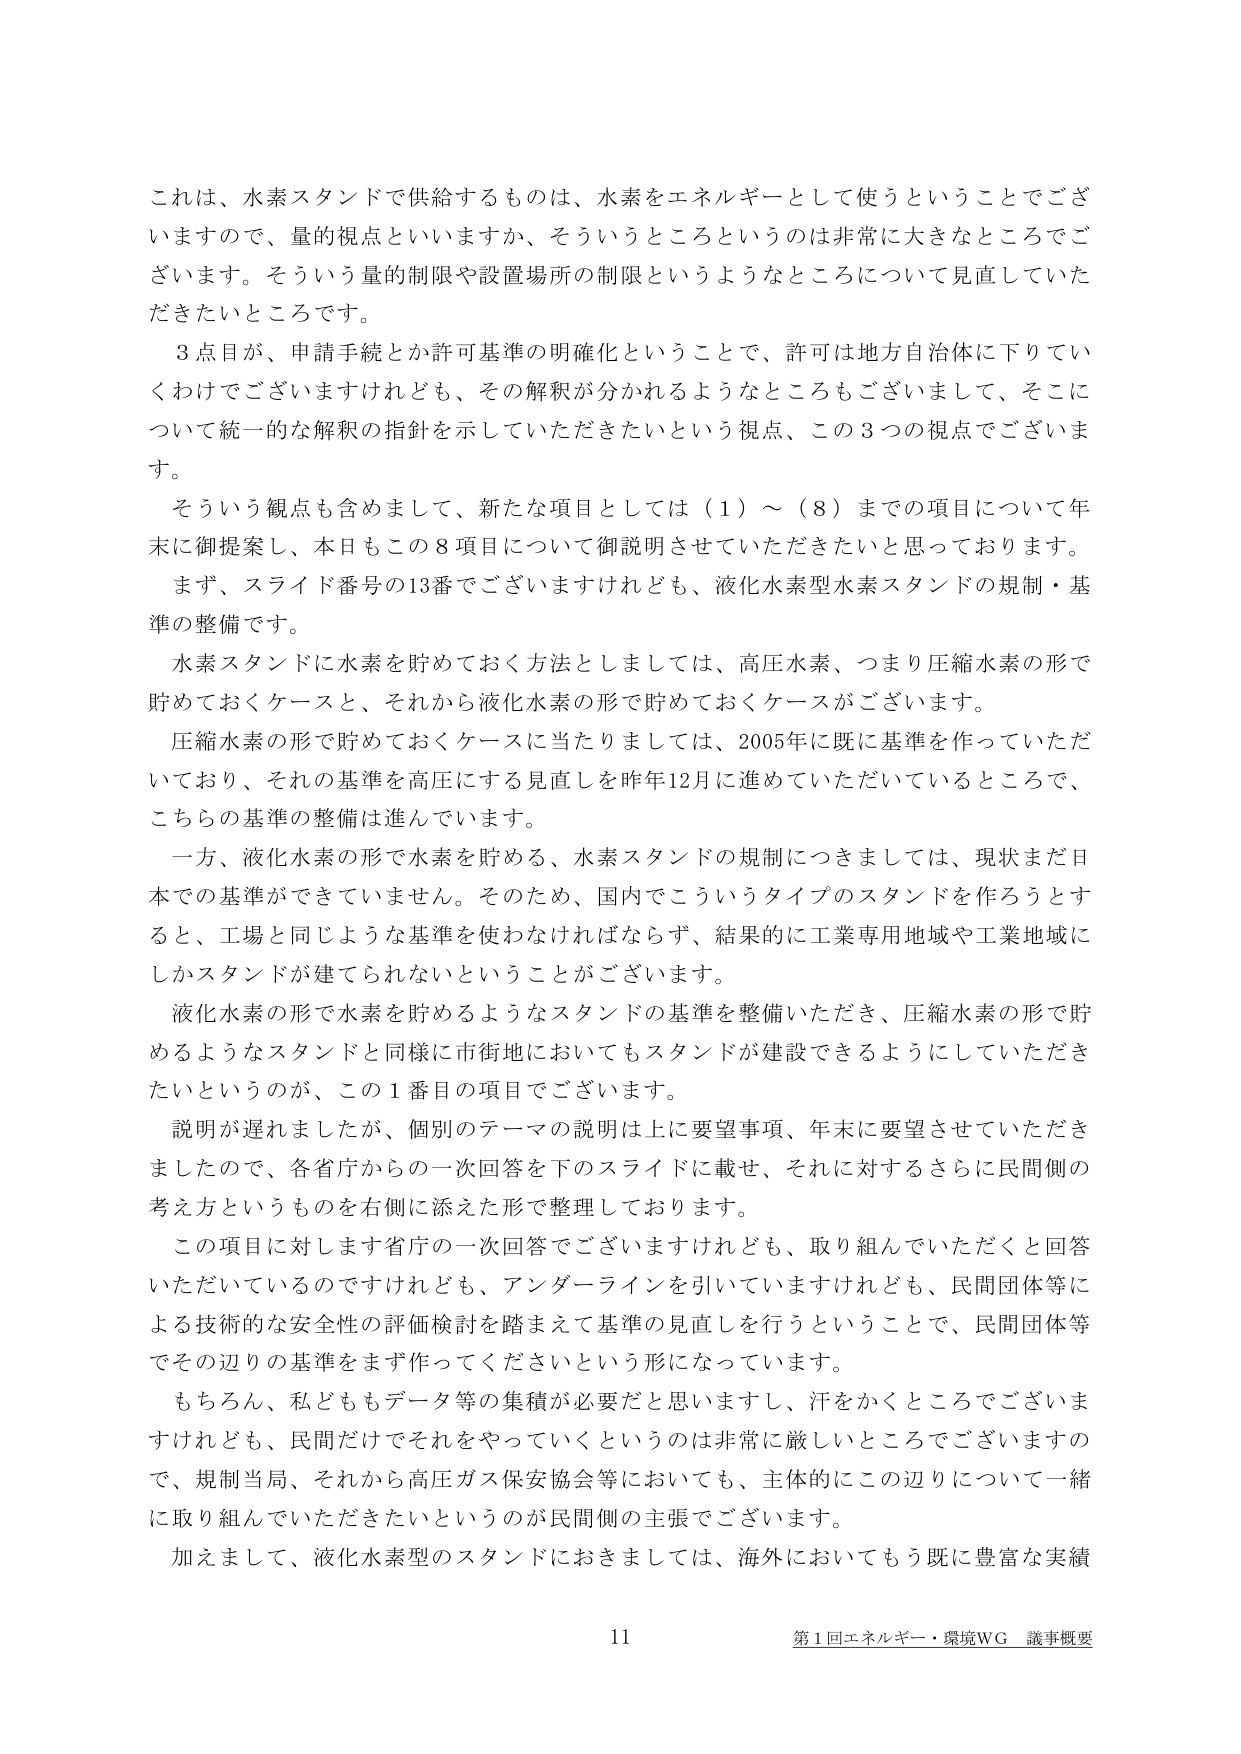
これは、水素スタンドで供給するものは、水素をエネルギーとして使うということでございますので、量的視点といいますか、そういうところというのは非常に大きなところでございます。そういう量的制限や設置場所の制限というようなところについて見直していただきたいところです。

３点目が、申請手続とか許可基準の明確化ということで、許可是地方自治体に下りていてわけでございますけれども、その解釈が分かれるようなところもございまして、そこについて統一的な解釈の指針を示していただきたいという視点、この３つの視点でございます。

そういう視点も含めまして、新たな項目としては（１）～（８）までの項目について年末に御提案し、本日もこの８項目について御説明させていただきたいと思っております。

まず、スライド番号の13番でございますけれども、液化水素型水素スタンドの規制・基準の整備です。

水素スタンドに水素を貯めておく方法としましては、高圧水素、つまり圧縮水素の形で貯めておくケースと、それから液化水素の形で貯めておくケースがございます。

圧縮水素の形で貯めておくケースに当たりましては、2005年に既に基準を作っていただいており、それの基準を高圧にする見直しを昨年12月に進めていただいているところで、こちらの基準の整備は進んでいます。

一方、液化水素の形で水素を貯める、水素スタンドの規制につきましては、現状まだ日本での基準ができていません。そのため、国内でこういうタイプのスタンドを作ろうとすると、工場と同じような基準を使わなければならず、結果的に工業専用地域や工業地域にしかスタンドが建てられないということがございます。

液化水素の形で水素を貯めるようなスタンドの基準を整備いただき、圧縮水素の形で貯めるようなスタンドと同様に市街地においてもスタンドが建設できるようにしていただきたいというのが、この１番目の項目でございます。

説明が遅れましたが、個別のテーマの説明は上に要望事項、年末に要望させていただきましたので、各省庁からの一次回答を下のスライドに載せ、それに対するさらに民間側の考え方というものを右側に添えた形で整理しております。

この項目に対します省庁の一次回答でございますけれども、取り組んでいただくと回答いただいているのですけれども、アンダーラインを引いていますけれども、民間団体等による技術的な安全性の評価検討を踏まえて基準の見直しを行うということで、民間団体等でその辺りの基準をまず作ってくださいという形になっています。

もちろん、私どももデータ等の集積が必要だと思いますし、汗をかくところでございますけれども、民間だけでそれをやっていくというのは非常に厳しいところでございますので、規制当局、それから高圧ガス保安協会等においても、主体的にこの辺りについて一緒に取り組んでいただきたいというのが民間側の主張でございます。

加えまして、液化水素型のスタンドにおきましては、海外においてもう既に豊富な実績

11
第1回エネルギー・環境WG 議事概要